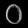
Digit: ၀